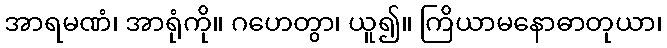
အာရမဏံ၊ အာရုံကို။ ဂဟေတွာ၊ ယူ၍။ ကြိယာမနောဓာတုယာ၊